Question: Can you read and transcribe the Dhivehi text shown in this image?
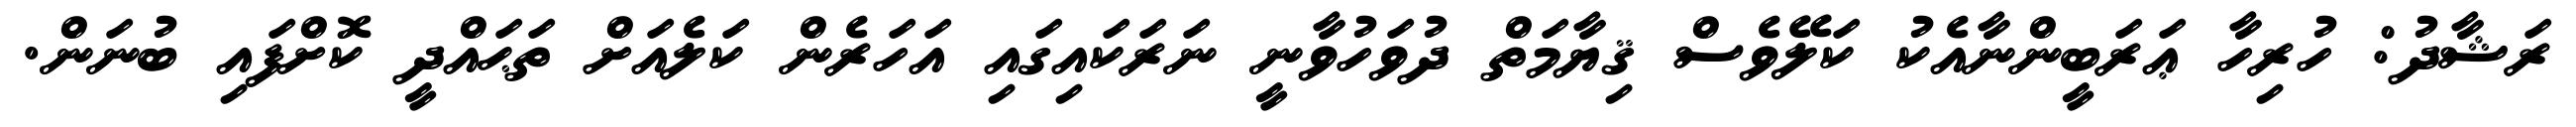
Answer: ރަޝާދު: ހުރިހާ ޢަރަބީންނާއެކު ކަލޭވެސް ޤިޔާމަތް ދުވަހުވާނީ ނަރަކައިގައި އަހަރެން ކަލެއަށް ތަޙައްދީ ކޮށްފައި ބުނަން.